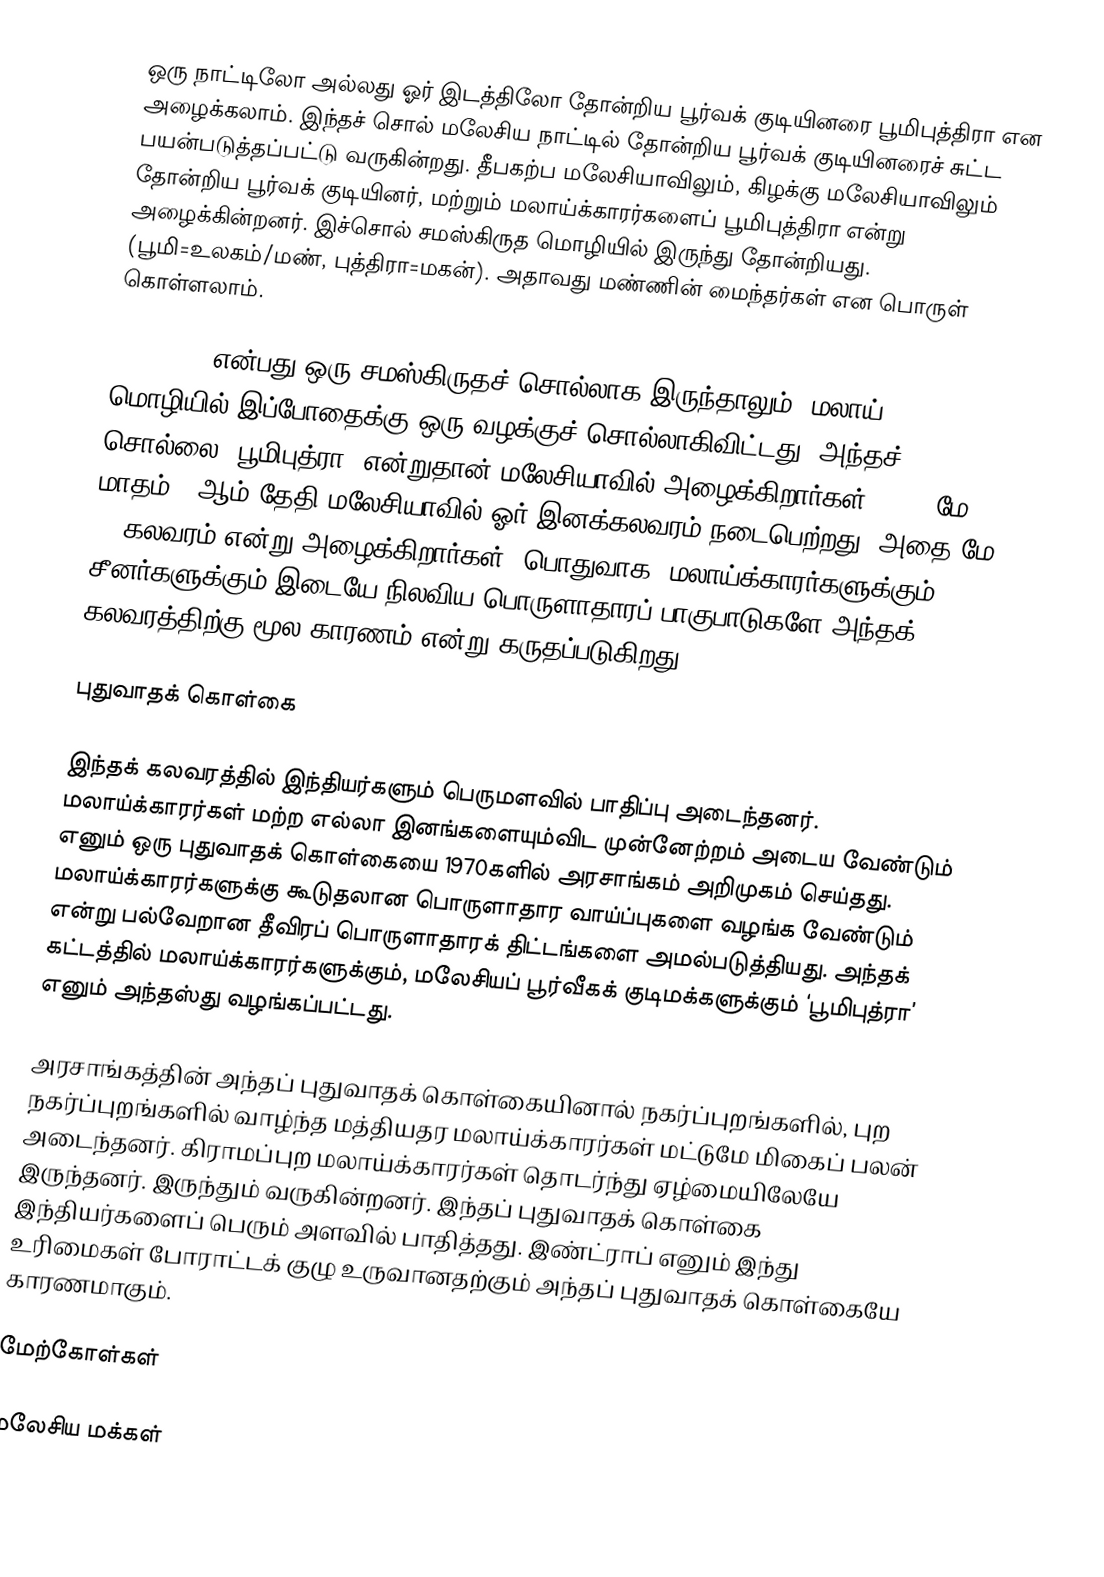
ஒரு நாட்டிலோ அல்லது ஓர் இடத்திலோ தோன்றிய பூர்வக் குடியினரை பூமிபுத்திரா என அழைக்கலாம். இந்தச் சொல் மலேசிய நாட்டில் தோன்றிய பூர்வக் குடியினரைச் சுட்ட பயன்படுத்தப்பட்டு வருகின்றது. தீபகற்ப மலேசியாவிலும், கிழக்கு மலேசியாவிலும் தோன்றிய பூர்வக் குடியினர், மற்றும் மலாய்க்காரர்களைப் பூமிபுத்திரா என்று அழைக்கின்றனர். இச்சொல் சமஸ்கிருத மொழியில் இருந்து தோன்றியது. (பூமி=உலகம்/மண், புத்திரா=மகன்). அதாவது மண்ணின் மைந்தர்கள் என பொருள் கொள்ளலாம்.

Bumiputra என்பது ஒரு சமஸ்கிருதச் சொல்லாக இருந்தாலும், மலாய் மொழியில் இப்போதைக்கு ஒரு வழக்குச் சொல்லாகிவிட்டது. அந்தச் சொல்லை 'பூமிபுத்ரா' என்றுதான் மலேசியாவில் அழைக்கிறார்கள். 1969 மே மாதம் 13ஆம் தேதி மலேசியாவில் ஓர் இனக்கலவரம் நடைபெற்றது. அதை மே 13 கலவரம் என்று அழைக்கிறார்கள். பொதுவாக, மலாய்க்காரர்களுக்கும் சீனர்களுக்கும் இடையே நிலவிய பொருளாதாரப் பாகுபாடுகளே அந்தக் கலவரத்திற்கு மூல காரணம் என்று கருதப்படுகிறது.

புதுவாதக் கொள்கை

இந்தக் கலவரத்தில் இந்தியர்களும் பெருமளவில் பாதிப்பு அடைந்தனர். மலாய்க்காரர்கள் மற்ற எல்லா இனங்களையும்விட முன்னேற்றம் அடைய வேண்டும் எனும் ஒரு புதுவாதக் கொள்கையை 1970களில் அரசாங்கம் அறிமுகம் செய்தது. மலாய்க்காரர்களுக்கு கூடுதலான பொருளாதார வாய்ப்புகளை வழங்க வேண்டும் என்று பல்வேறான தீவிரப் பொருளாதாரக் திட்டங்களை அமல்படுத்தியது. அந்தக் கட்டத்தில் மலாய்க்காரர்களுக்கும், மலேசியப் பூர்வீகக் குடிமக்களுக்கும் ‘பூமிபுத்ரா’ எனும் அந்தஸ்து வழங்கப்பட்டது.

அரசாங்கத்தின் அந்தப் புதுவாதக் கொள்கையினால் நகர்ப்புறங்களில், புற நகர்ப்புறங்களில் வாழ்ந்த மத்தியதர மலாய்க்காரர்கள் மட்டுமே மிகைப் பலன் அடைந்தனர். கிராமப்புற மலாய்க்காரர்கள் தொடர்ந்து ஏழ்மையிலேயே இருந்தனர். இருந்தும் வருகின்றனர். இந்தப் புதுவாதக் கொள்கை இந்தியர்களைப் பெரும் அளவில் பாதித்தது. இண்ட்ராப் எனும் இந்து உரிமைகள் போராட்டக் குழு உருவானதற்கும் அந்தப் புதுவாதக் கொள்கையே காரணமாகும்.

மேற்கோள்கள்

மலேசிய மக்கள்